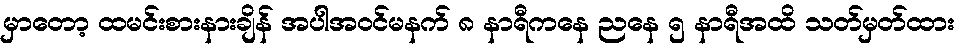
မှာတော့ ထမင်းစားနားချိန် အပါအဝင်မနက် ၈ နာရီကနေ ညနေ ၅ နာရီအထိ သတ်မှတ်ထား